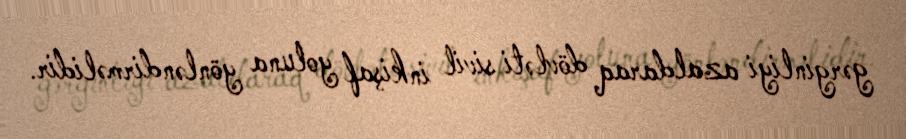
gərginliyi azaldaraq dövləti sivil inkişaf yoluna yönləndirməlidir.